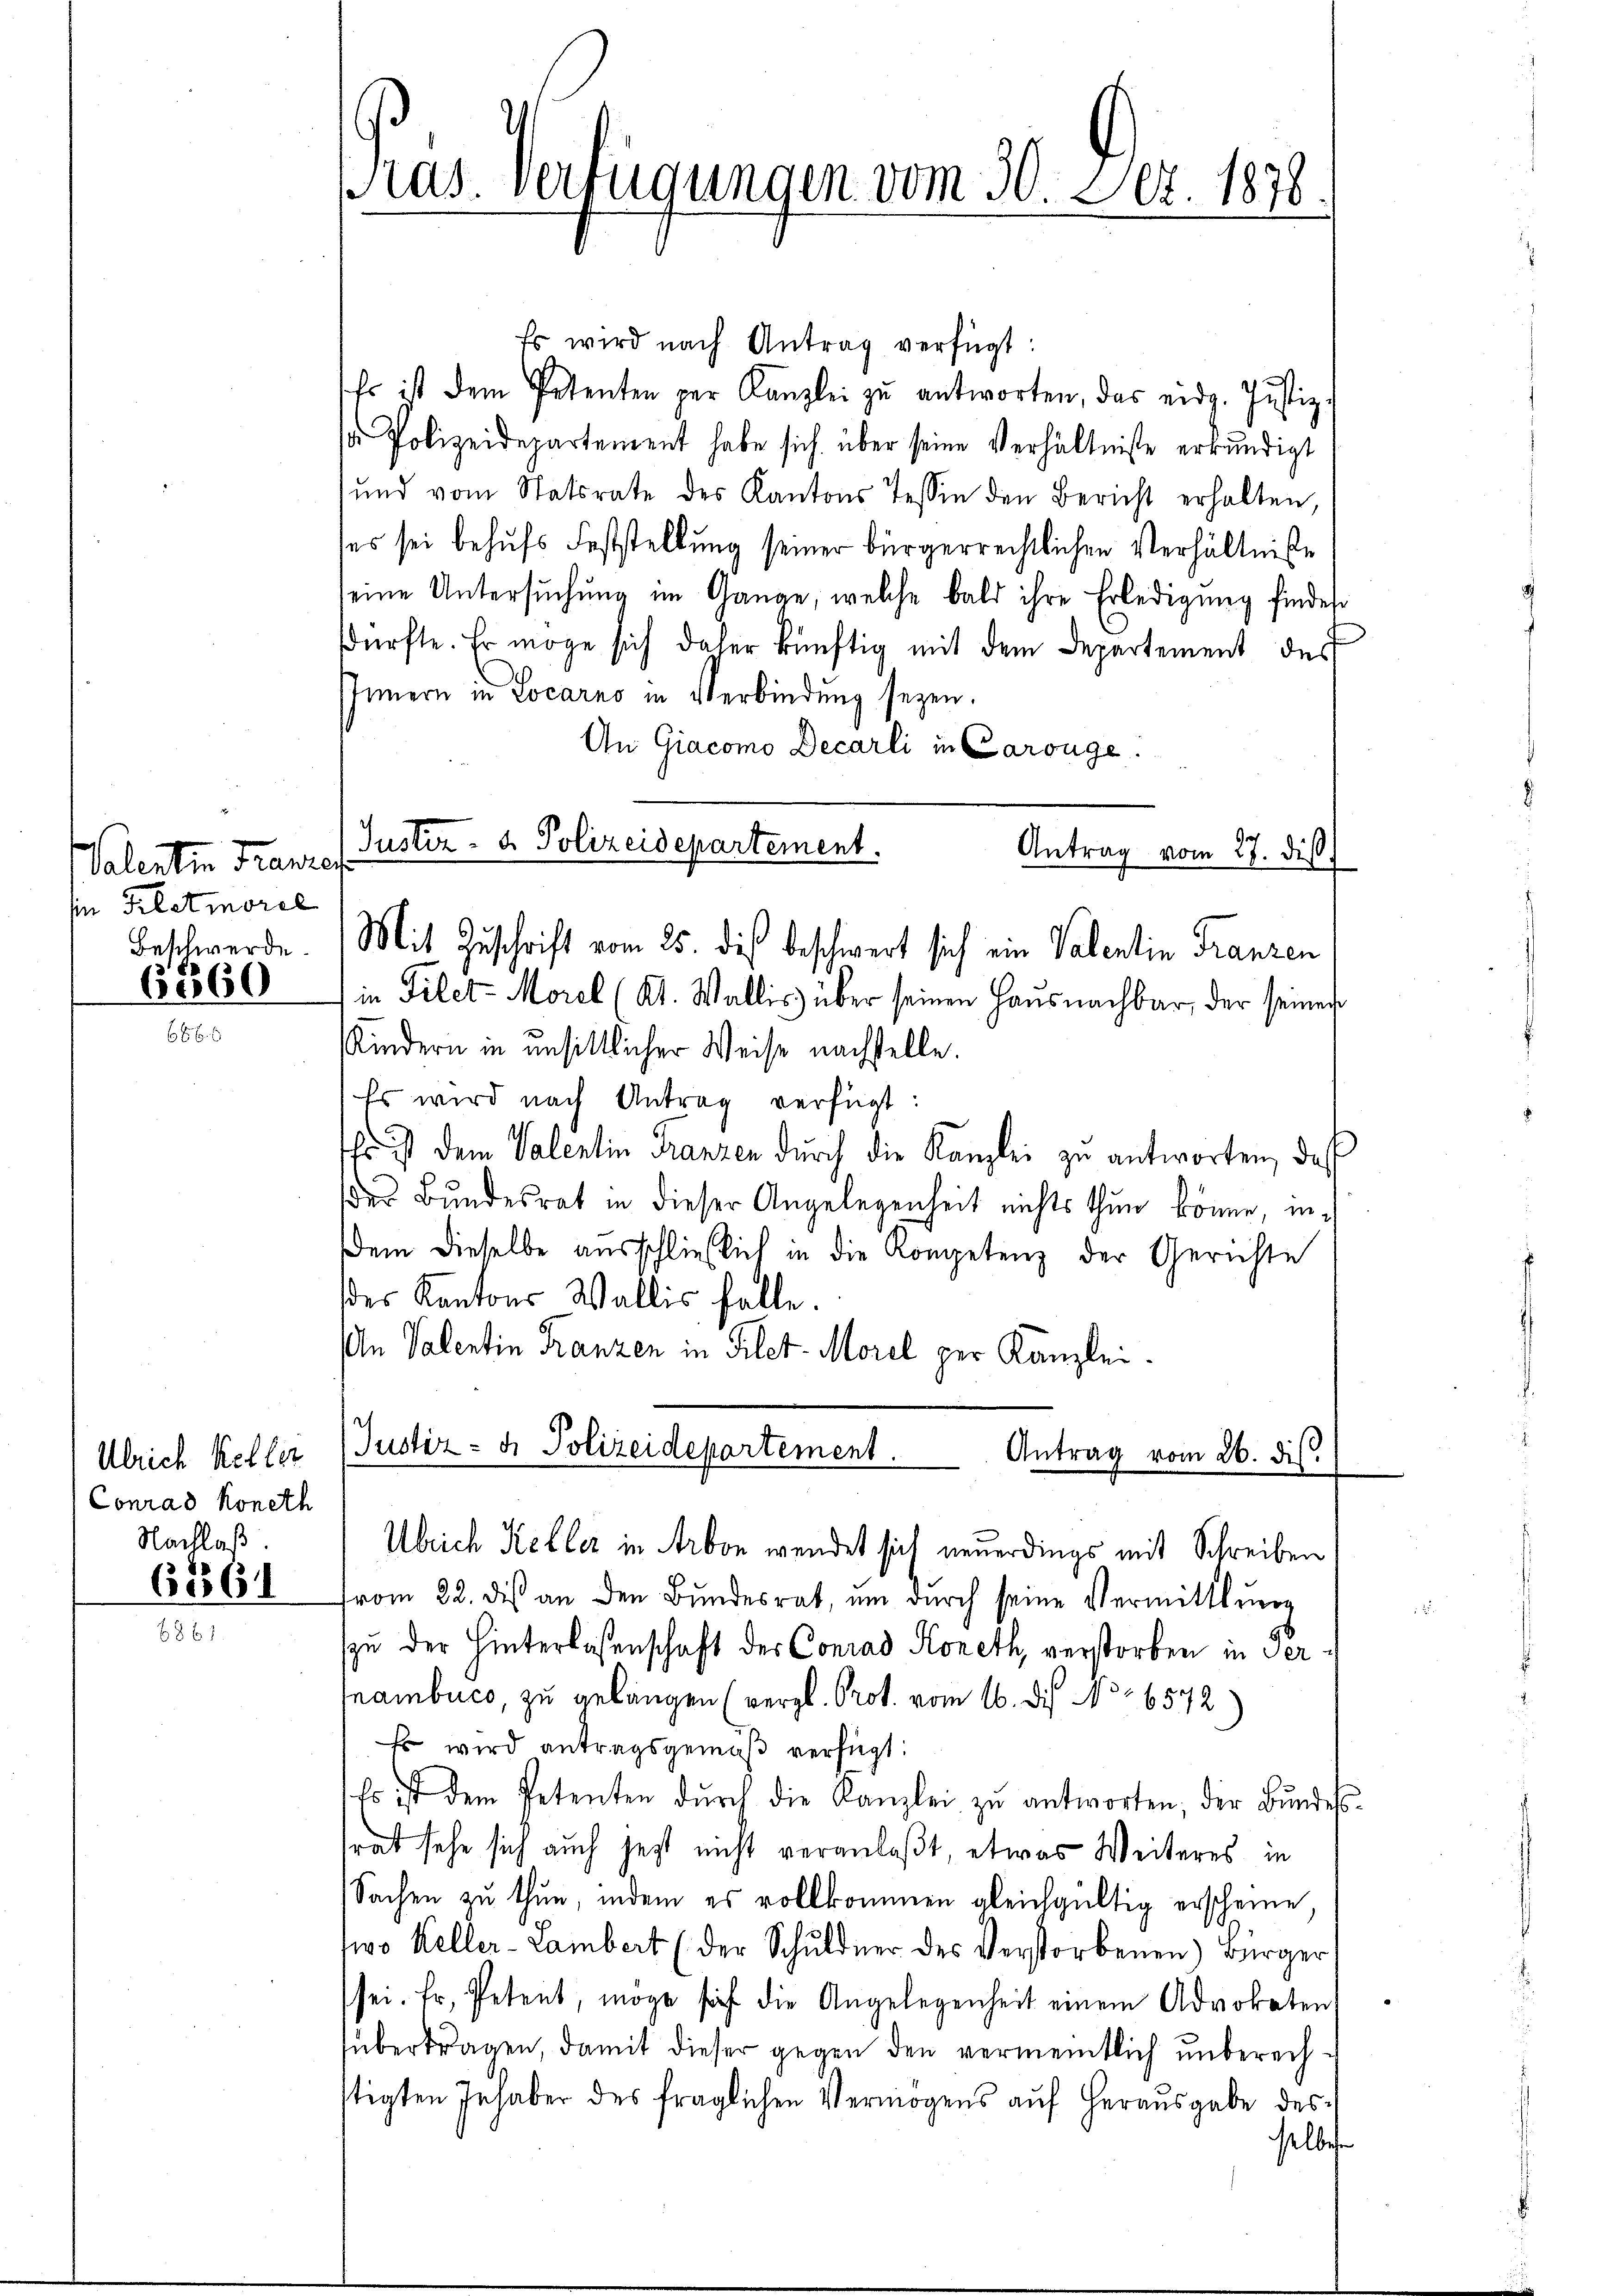
Valentin Transch
in Kletmorel
6560

Conrad Koneth
Nachlaß
62564

Pras. Verfügungen vom 30. Dez. 1878.

Justiz- & Polizeidepartement.
Beschwerde. (Mit Zuschrift vom 25. des beschwert sich ein Valentin Franzen

Es wird nach Antrag verfügt:
Es ist dem Petenten per Kanzlei zu antworten, das eidg. Justiz-
s Polizeidepartement habe sich über seine Verhältnisse erkundigt
und vom Statsrate des Kantons Tessin den Bericht erhalten,
ses sei behufs Feststellung seiner bürgerrechtlichen Verhältnisse
eine Untersuchung im Gange, welche bald ihre Erledigung findes
sdürfte. Er möge sich daher künftig mit dem Departement des
Innern in Locarno in Verbindung seyen.
An Giacomo Decarli in Carouge.
Antrag vom 27. dis
in Filet-Morel (Kt. Wallis über seinen Haus nachbar, der seiner
Kindern in unsittlicher Weise nachstelle.
Es wird nach Antrag verfügt:
ffl ist dem Valentin Franzen durch die Kanzlei zu antworten, daß
des Bundesrat in dieser Angelegenheit nichts thun könne, in
dem dieselbe ausschließlich in die Kompetenz der Gerichte
des Kantons Wallis falle.
An Valentin Franzen in Filet-Morel per Kanzlei.
Ulrich Keller (Justiz- & Polizeidepartement. Antrag vom 26. dis.
Ulrich Keller in Arbon wendet sich neuerdings mit Schreiben
from 22. dis an den Bundesrat, um durch seine Vermittlung
zu der Hinterlassenschaft der Conrad Honeth, verstorben in Sernambuco, zu gelangen (vergl. Prot. vom 16. des No 6572)
Es wird antragsgemäβ verfügt:
Es ist dem Petenten dŭrch die Kanzlei zŭ antworten, der Bŭndes
srat sehe sich auch jetzt nicht veranlaßt, etwas Weiteres in
Sachen zu thun, indem es vollkommen gleichgültig erscheine,
wo Keller-Lambert (der Schuldner des Verstorbenen Bürger
sei. Er, Petent, möge sich die Angelegenheit einem Advokaten
übertragen, damit dieser gegen den vermeintlich unberechstigten Inhaber des fraglichen Vermögens auf Herausgabe desselben